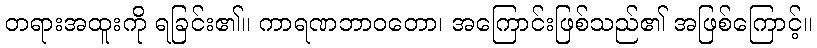
တရားအထူးကို ရခြင်း၏။ ကာရဏဘာဝတော၊ အကြောင်းဖြစ်သည်၏ အဖြစ်ကြောင့်။